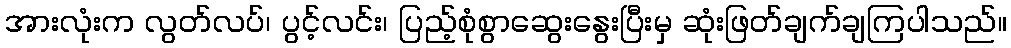
အားလုံးက လွတ်လပ်၊ ပွင့်လင်း၊ ပြည့်စုံစွာဆွေးနွေးပြီးမှ ဆုံးဖြတ်ချက်ချကြပါသည်။